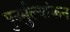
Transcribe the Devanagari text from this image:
पुनर्मुल्यांकन